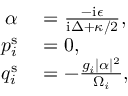
\begin{array} { r l } { \alpha } & { { } = \frac { - \mathrm { i } \epsilon } { \mathrm { i } \Delta + \kappa / 2 } , } \\ { \quad p _ { i } ^ { \mathrm { s } } } & { { } = 0 , } \\ { q _ { i } ^ { \mathrm { s } } } & { { } = - \frac { g _ { i } | \alpha | ^ { 2 } } { \Omega _ { i } } , } \end{array}